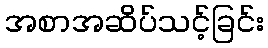
အစာအဆိပ်သင့်ခြင်း